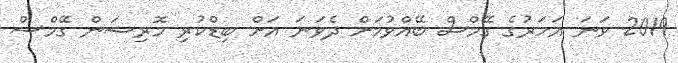
2019 ވަނަ އަހަރުގެ ގޭމްސް ބޭއްވުމަށް ދެވަނަ އަށް ބިޑްކުރި މޮރިޝަން ގޭމްސް